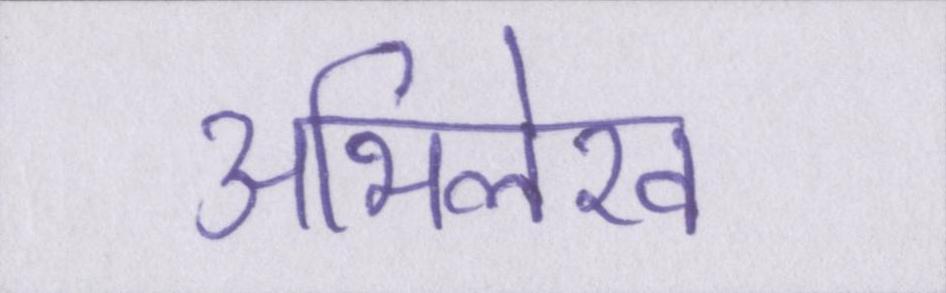
अभिलेख